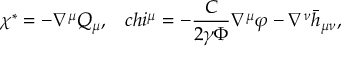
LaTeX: \chi ^ { * } = - \nabla ^ { \mu } Q _ { \mu } , \ \ \, c h i ^ { \mu } = - { \frac { C } { 2 \gamma \Phi } } \nabla ^ { \mu } \varphi - \nabla ^ { \nu } \bar { h } _ { \mu \nu } ,